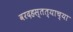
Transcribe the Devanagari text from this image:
वरदहस्तत्याच्या